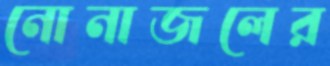
নোনাজলের